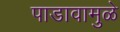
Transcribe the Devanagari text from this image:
पाडावामुळे